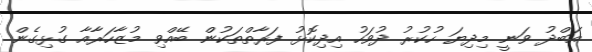
އަބްދު ވަނީ މިދިޔަ ހުކުރު ދުވަހު އިދިކޮޅު ފަރާތްތަކުން ބޭއްވި މުޒާހަރާއާ ގުޅިގެން